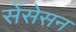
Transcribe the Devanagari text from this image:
सेंसेसन